Lunatic asylums Bombay report 1878-1890 - 1878-1890
Year: 1878
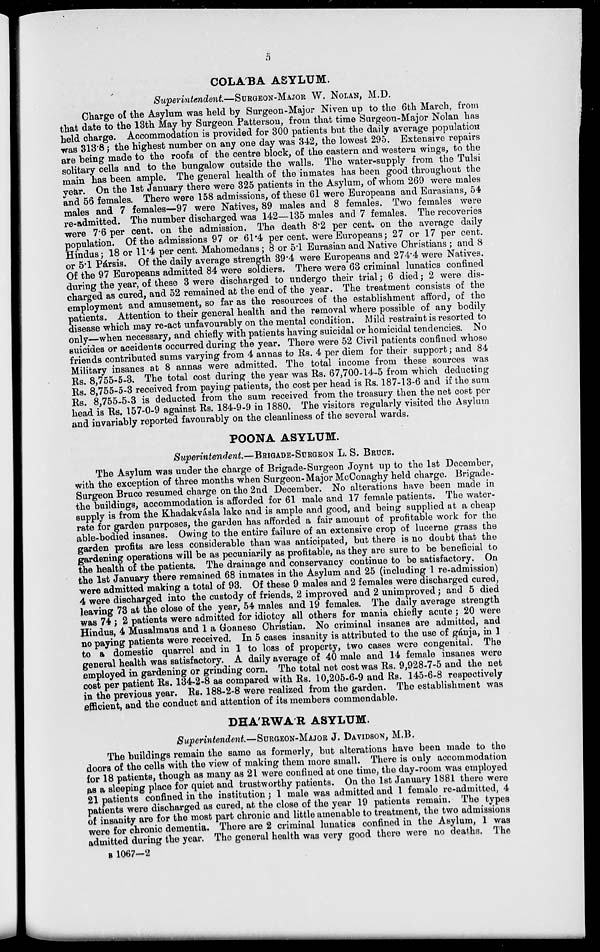
5
COLA'BA ASYLUM.
Superintendent.—SURGEON-MAJOR W. NOLAN, M.D.
Charge of the Asylum was held by Surgeon-Major Niven up to the 6th March, from
that date to the 13th May by Surgeon Patterson, from that time Surgeon-Major Nolan has
held charge. Accommodation is provided for 300 patients but the daily average population
was 313.8; the highest number on any one day was 342, the lowest 295. Extensive repairs
are being made to the roofs of the centre block, of the eastern and western wings, to the
solitary cells and to the bungalow outside the walls. The water-supply from the Tulsi
main has been ample. The general health of the inmates has been good throughout the
year. On the 1st January there were 325 patients in the Asylum, of whom 269 were males
and 56 females. There were 158 admissions, of these 61 were Europeans and Eurasians, 54
males and 7 females—97 were Natives, 89 males and 8 females. Two females were
re-admitted. The number discharged was 142—135 males and 7 females. The recoveries
were 7.6 per cent. on the admission. The death 8.2 per cent. on the average daily
population. Of the admissions 97 or 61.4 per cent. were Europeans; 27 or 17 per cent.
Hindus; 18 or 11.4 per cent. Mahomedans; 8 or 5.1 Eurasian and Native Christians; and 8
or 5.1 Pársis. Of the daily average strength 39.4 were Europeans and 274.4 were Natives.
Of the 97 Europeans admitted 84 were soldiers. There were 63 criminal lunatics confined
during the year, of these 3 were discharged to undergo their trial ; 6 died; 2 were dis-
charged as cured, and 52 remained at the end of the year. The treatment consists of the
employment and amusement, so far as the resources of the establishment afford, of the
patients. Attention to their general health and the removal where possible of any bodily
disease which may re-act unfavourably on the mental condition. Mild restraint is resorted to
only—when necessary, and chiefly with patients having suicidal or homicidal tendencies. No
suicides or accidents occurred during the year. There were 52 Civil patients confined whose
friends contributed sums varying from 4 annas to Rs. 4 per diem for their support ; and 84
Military insanes at 8 annas were admitted. The total income from these sources was
Rs. 8,755-5-3. The total cost during the year was Rs. 67,700-14-5 from which deducting
Rs. 8,755-5-3 received from paying patients, the cost per head is Rs. 187-13-6 and if the sum
Rs. 8,755-5-3 is deducted from the sum received from the treasury then the net cost per
head is Rs. 157-0-9 against Rs. 184-9-9 in 1880. The visitors regularly visited the Asylum
and invariably reported favourably on the cleanliness of the several wards.
POONA ASYLUM.
Superintendent—BRIGADE-SURGEON L. S. BRUCE.
The Asylum was under the charge of Brigade-Surgeon Joynt up to the 1st December,
with the exception of three months when Surgeon- Major McConaghy held charge. Brigade-
Surgeon Bruce resumed charge on the 2nd December. No alterations have been made in
the buildings, accommodation is afforded for 61 male and 17 female patients. The water-
supply is from the Khadakvásla lake and is ample and good, and being supplied at a cheap
rate for garden purposes, the garden has afforded a fair amount of profitable work for the
able-bodied insanes. Owing to the entire failure of an extensive crop of lucerne grass the
garden profits are less considerable than was anticipated, but there is no doubt that the
gardening operations will be as pecuniarily as profitable, as they are sure to be beneficial to
the health of the patients. The drainage and conservancy continue to be satisfactory. On
the 1st January there remained 68 inmates in the Asylum and 25 (including 1 re-admission)
were admitted making a total of 93. Of these 9 males and 2 females were discharged cured,
4 were discharged into the custody of friends, 2 improved and 2 unimproved ; and 5 died
leaving 73 at the close of the year, 54 males and 19 females. The daily average strength
was 74 ; 2 patients were admitted for idiotcy all others for mania chiefly acute ; 20 were
Hindus, 4 Musalmans and 1 a Goanese Christian. No criminal insanes are admitted, and
no paying patients were received. In 5 cases insanity is attributed to the use of gánja, in 1
to a domestic quarrel and in 1 to loss of property, two cases were congenital. The
general health was satisfactory. A daily average of 40 male and 14 female insanes were
employed in gardening or grinding corn. The total net cost was Rs. 9,928-7-5 and the net
cost per patient Rs. 134-2-8 as compared with Rs. 10,205-6-9 and Rs. 145-6-8 respectively
in the previous year. Rs. 188-2-8 were realized from the garden. The establishment was
efficient, and the conduct and attention of its members commendable.
DHA'RWA R ASYLUM.
Superintendent.—SURGEON-MAJOR J. DAVIDSON, M.B.
The buildings remain the same as formerly, but alterations have been made to the
doors of the cells with the view of making them more small. There is only accommodation
for 18 patients, though as many as 21 were confined at one time, the day-room was employed
as a sleeping place for quiet and trustworthy patients. On the 1st January 1881 there were
21 patients confined in the institution ; 1 male was admitted and 1 female re-admitted, 4
patients were discharged as cured, at the close of the year 19 patients remain. The types
of insanity are for the most part chronic and little amenable to treatment, the two admissions
were for chronic dementia. There are 2 criminal lunatics confined in the Asylum, 1 was
admitted during the year. The general health was very good there were no deaths. The
B 1067-2